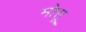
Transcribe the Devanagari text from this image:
मोसू